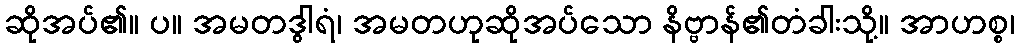
ဆိုအပ်၏။ ပ။ အမတဒွါရံ၊ အမတဟုဆိုအပ်သော နိဗ္ဗာန်၏တံခါးသို့။ အာဟစ္စ၊